Treatise on elephants
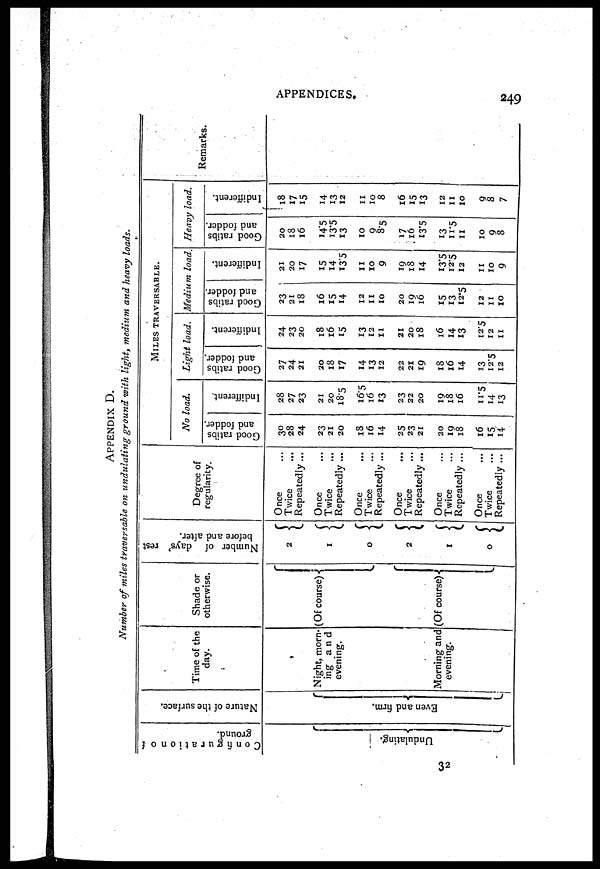
APPENDICES.
249
32
APPENDIX D.
Number of miles traversable on undulating ground with light, medium and heavy loads.
Configuration of
ground.
Undulating.
Nature of the surface.
Even and firm.
Time of the
day.
Night, morn-
ing and
evening.{
Morning and
evening.
Shade or
otherwise.
(Of course)
(Of course)
Number of days' rest
before and after.
2
1
0
2
1
0
Degree of
regularity.
Once
Twice
...
Repeatedly...
Once
Twice
Repeatedly ...
Once
Twice
Repeatedly ...
Once
Twice
Repeatedly ...
Once
Twice
Repeatedly ...
Once ...
Twice ...
Repeatedly ...
MILES TRAVERSABLE.
No load.
Good ratibs
and fodder.
30
28
24
23
21
20
18
16
14
25
23
21
20
19
18
16
15
14
Indifferent,
28
27
23
21
20
18.5
16.5
16
13
23
22
20
19
18
16
11.5
14
13
Light load.
Good ratibs
and fodder.
27
24
21
20
18
17
14
13
12
22
21
19
18
16
14
13
12.5
12
Indifferent.
24
23
20
18
16
15
13
12
11
21
20
18
16
14
13
12.5
12
11
Medium load.
Good ratibs
and fodder.
23
21
18
16
15
14
12
11
10
20
19
16
15
13
12.5
12
11
10
Indifferent.
21
20
17
15
14
13.5
11
10
9
19
18
14
13.5
12.5
12
11
10
9
Heavy load.
Good ratibs
and fodder.
20
18
16
14.5
13.5
13
10
9
8.5
17
16
13.5
13
11.5
11
10
9
8
Indifferent.
18
17
15
14
13
12
11
10
8
16
15
13
12
11
10
9
8
7
Remarks.